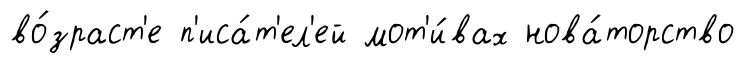
во́зраст'е п'иса́т'ел'ей мот'и́вах нова́торство